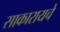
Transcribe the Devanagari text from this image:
साकारायचे